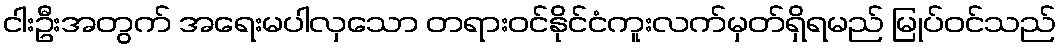
ငါးဦးအတွက် အရေးမပါလှသော တရားဝင်နိုင်ငံကူးလက်မှတ်ရှိရမည် မြုပ်ဝင်သည်